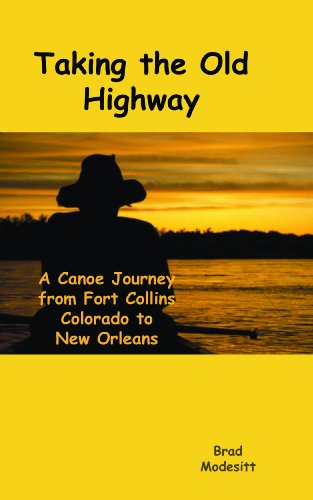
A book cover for Taking the Old Highway - a 2400 mile canoe journey from Fort Collins, Colorado to New Orleans; Brad Modesitt; Travel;